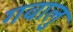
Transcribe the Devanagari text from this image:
गवालु